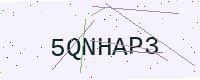
Text: 5QNHAP3